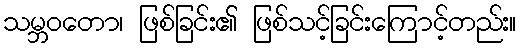
သမ္ဘဝတော၊ ဖြစ်ခြင်း၏ ဖြစ်သင့်ခြင်းကြောင့်တည်း။